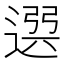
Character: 𨕖